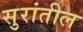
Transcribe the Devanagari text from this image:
सुरांतील